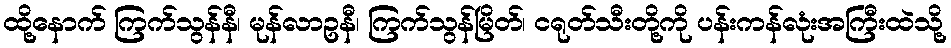
ထို့နောက် ကြက်သွန်နီ၊ မုန်လာဥနီ၊ ကြက်သွန်မြိတ်၊ ငရုတ်သီးတို့ကို ပန်းကန်လုံးအကြီးထဲသို့